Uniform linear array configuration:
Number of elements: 4
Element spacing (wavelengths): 0.25
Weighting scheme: exponential
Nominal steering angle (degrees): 0
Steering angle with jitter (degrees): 0.793
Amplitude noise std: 0.05
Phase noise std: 0.05

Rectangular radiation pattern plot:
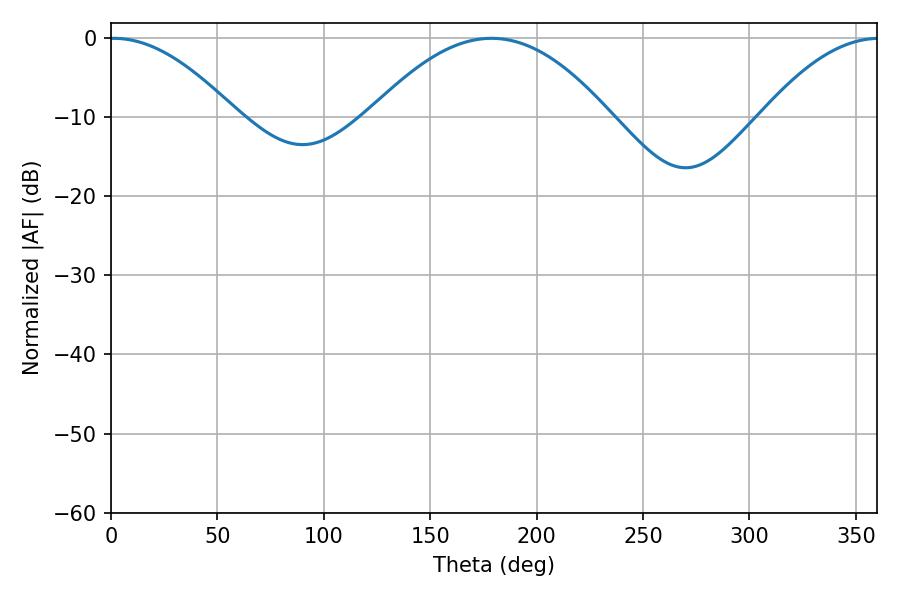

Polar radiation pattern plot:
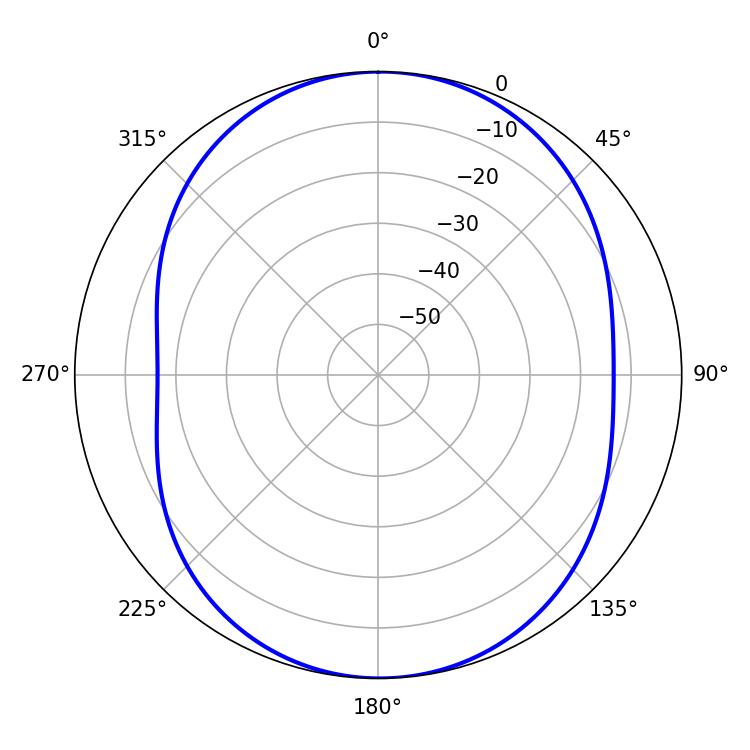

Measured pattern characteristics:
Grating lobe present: FALSE
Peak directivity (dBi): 13.904
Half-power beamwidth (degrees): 32.4
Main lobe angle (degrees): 1.26